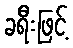
ခရီးဖြင့်